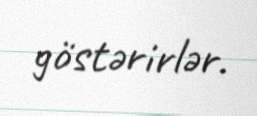
göstərirlər.